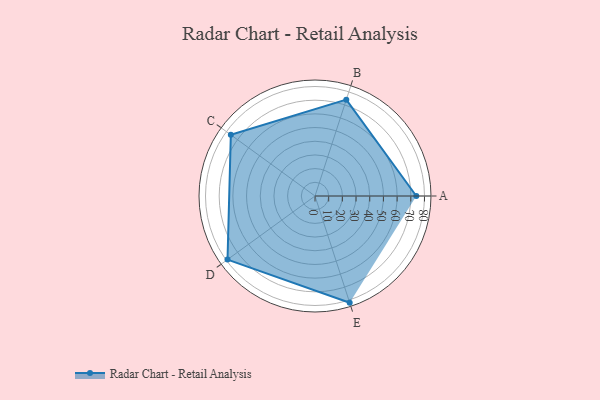
{"axis": {"x": "Skill", "y": "Score"}, "legend": ["Profile"], "data": [{"x": "A", "y": 74.0, "type": "Profile"}, {"x": "B", "y": 74.0, "type": "Profile"}, {"x": "C", "y": 76.0, "type": "Profile"}, {"x": "D", "y": 79.0, "type": "Profile"}, {"x": "E", "y": 82.0, "type": "Profile"}]}